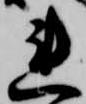
連